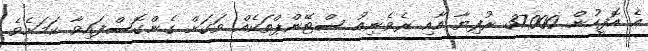
އެ އޮފީހުން 37